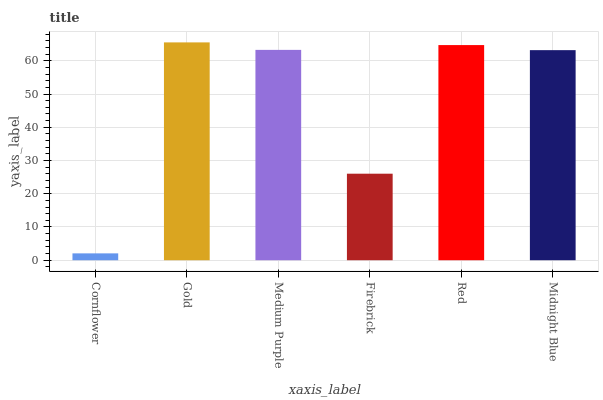
| xaxis_label | bars |
 | --- | --- |
 | Cornflower | 2.06 |
 | Gold | 65.5 |
 | Medium Purple | 63.3 |
 | Firebrick | 26 |
 | Red | 64.7 |
 | Midnight Blue | 63.2 |